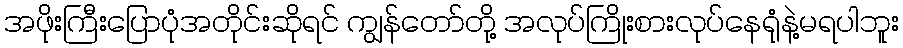
အဖိုးကြီးပြောပုံအတိုင်းဆိုရင် ကျွန်တော်တို့ အလုပ်ကြိုးစားလုပ်နေရုံနဲ့မရပါဘူး